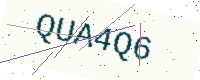
Text: QUA4Q6